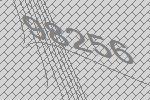
98256